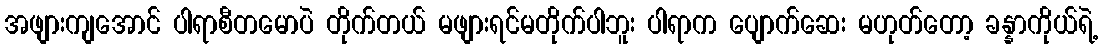
အဖျားကျအောင် ပါရာစီတမောပဲ တိုက်တယ် မဖျားရင်မတိုက်ပါဘူး ပါရာက ပျောက်ဆေး မဟုတ်တော့ ခန္နာကိုယ်ရဲ့